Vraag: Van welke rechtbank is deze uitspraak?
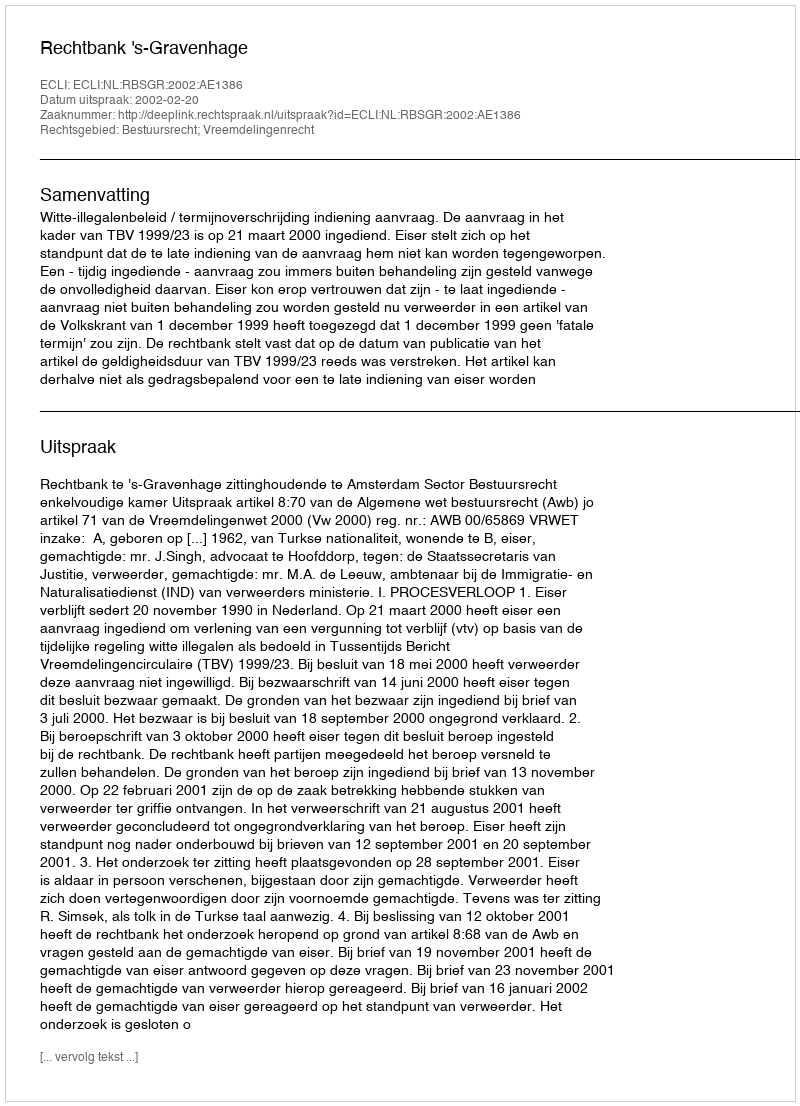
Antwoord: Rechtbank 's-Gravenhage